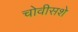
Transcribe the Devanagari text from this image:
चोवीसशे